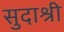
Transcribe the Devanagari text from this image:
सुदाश्री